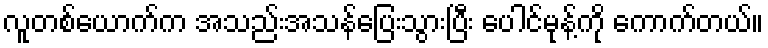
လူတစ်ယောက်က အသည်းအသန်ပြေးသွားပြီး ပေါင်မုန့်ကို ကောက်တယ်။